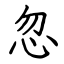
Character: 忽